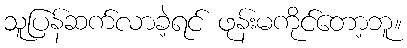
သူပြန်ဆက်လာခဲ့ရင် ဖုန်းမကိုင်တော့ဘူ။